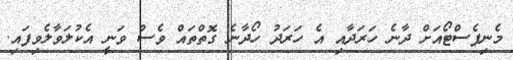
މެނިފެސްޓޯއަށް ދާނެ ހަރަދާއި އެ ހަރަދު ހޯދާނެ ގޮތްތައް ވެސް ވަނީ އެކުލަވާލެވިފައި.